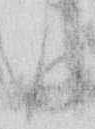
り